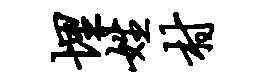
埋姓村